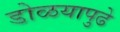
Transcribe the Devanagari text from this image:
डोळयापुढे